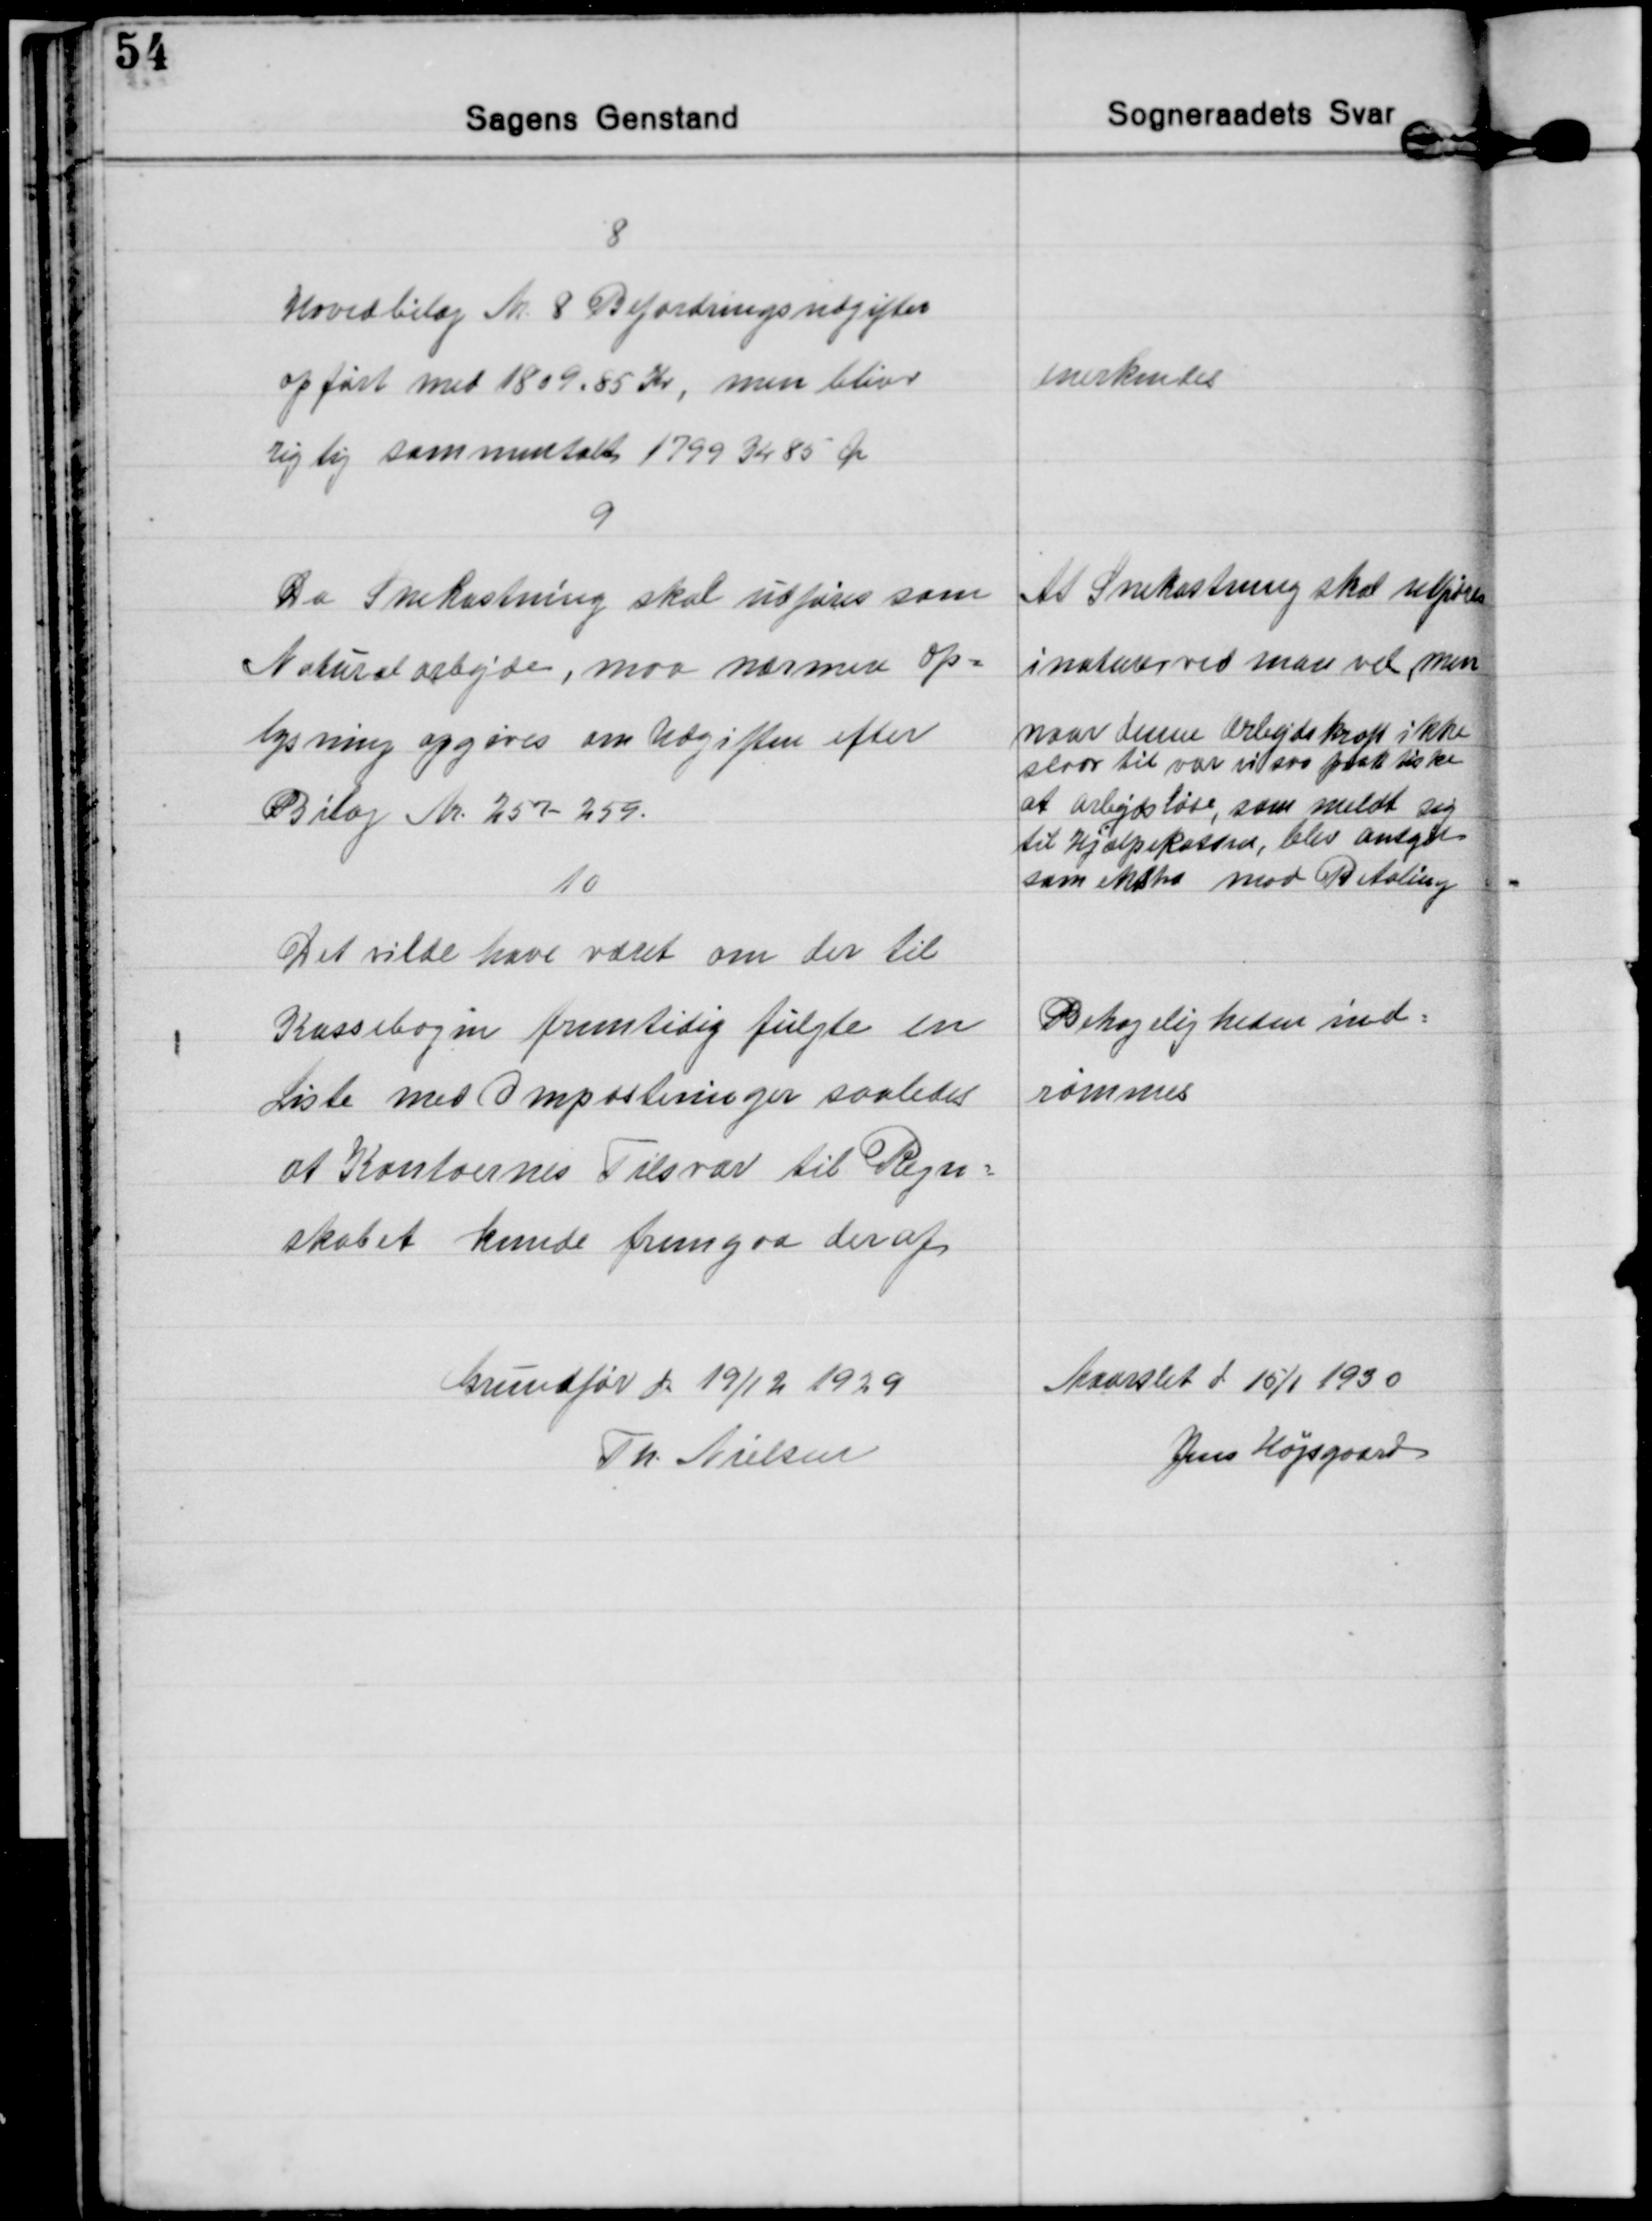
Transskription:
8
Hovedbilag Nr. 8 Befordringsudgifter
opført med 1809.85 Kr, men bliver
rigtig sammentalt 1799 Kr 85 Øre
Anerkendes

9
Da Snekastning skal udføres som
Naturalarbejde, maa nærmere op=
lysning opgøres om Udgiften efter
Bilag Nr. 257-259.
At Snekastning skal udføres
i naturen ved man vel, men
naar denne Arbejdskraft ikke
slaar til var vi saa praktiske
at arbejdsløse, som meldte sig
til Hjælpekassen, blev antaget
som ekstra mod Betaling

10
Det vilde have været om der til
Kassebogen fremtidig fulgte en
Liste med Omposteringer saaledes
at Kontoernes Tilsvar til Regn=
skabet kunde fremgaa deraf
Behageligheden ind=
rømmes

Grundfør d 19/12 1929
Th. Nielsen

Maarslet d 15/1 1930
Jens Højsgaard